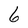
Character: 6